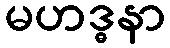
မဟဒ္ဓနာ